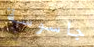
جاسوسة